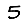
Digit: 5